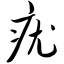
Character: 疣